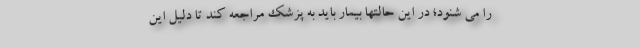
را می شنود؛ در این حالتها بیمار باید به پزشک مراجعه کند تا دلیل این